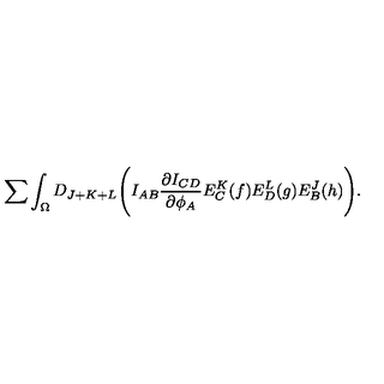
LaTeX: \sum \int _ { \Omega } D _ { J + K + L } \Biggl ( I _ { A B } { \frac { \partial I _ { C D } } { \partial \phi _ { A } } } E _ { C } ^ { K } ( f ) E _ { D } ^ { L } ( g ) E _ { B } ^ { J } ( h ) \Biggr ) .